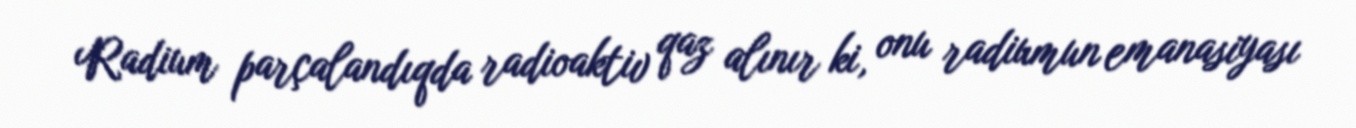
Radium parçalandıqda radioaktiv qaz alınır ki, onu radiumun emanasiyası